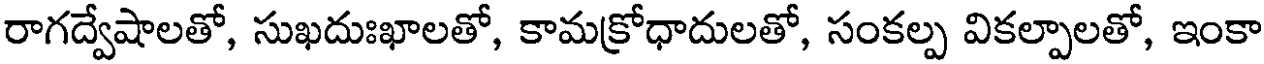
రాగద్వేషాలతో, సుఖదుఃఖాలతో, కామక్రోధాదులతో, సంకల్ప వికల్పాలతో, ఇంకా